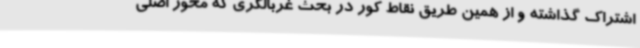
اشتراک گذاشته و از همین طریق نقاط کور در بحث غربالگری که محور اصلی